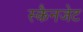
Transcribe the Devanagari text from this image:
स्कैनजेट